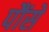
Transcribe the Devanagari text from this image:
पौंसे